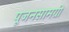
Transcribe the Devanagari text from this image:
पूजनसामग्री